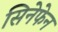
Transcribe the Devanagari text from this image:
सिनेफेन